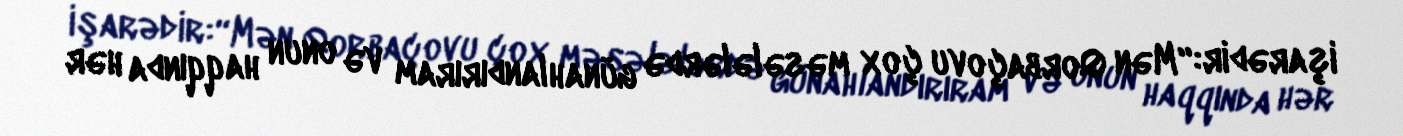
işarədir:“Mən Qorbaçovu çox məsələlərdə günahlandırıram və onun haqqında hər